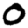
Digit: 0